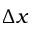
{ \Delta x }